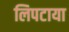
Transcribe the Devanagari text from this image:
लिपटाया